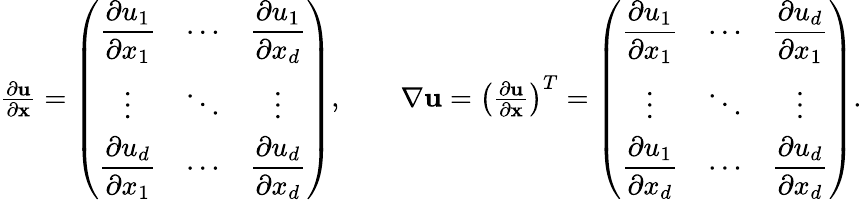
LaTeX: \begin{array}{r}{\frac{\partial\mathbf{u}}{\partial\mathbf{x}}=\left(\begin{array}{ccc}{\displaystyle\frac{\partial u_{1}}{\partial x_{1}}}&{\cdots}&{\displaystyle\frac{\partial u_{1}}{\partial x_{d}}}\\ {\vdots}&{\ddots}&{\vdots}\\ {\displaystyle\frac{\partial u_{d}}{\partial x_{1}}}&{\cdots}&{\displaystyle\frac{\partial u_{d}}{\partial x_{d}}}\end{array}\right),\qquad\nabla\mathbf{u}=\left(\frac{\partial\mathbf{u}}{\partial\mathbf{x}}\right)^{T}=\left(\begin{array}{ccc}{\displaystyle\frac{\partial u_{1}}{\partial x_{1}}}&{\cdots}&{\displaystyle\frac{\partial u_{d}}{\partial x_{1}}}\\ {\vdots}&{\ddots}&{\vdots}\\ {\displaystyle\frac{\partial u_{1}}{\partial x_{d}}}&{\cdots}&{\displaystyle\frac{\partial u_{d}}{\partial x_{d}}}\end{array}\right).}\end{array}